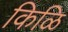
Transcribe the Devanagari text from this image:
किळि